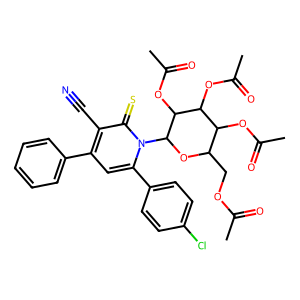
SMILES: CC(=O)OCC1OC(n2c(-c3ccc(Cl)cc3)cc(-c3ccccc3)c(C#N)c2=S)C(OC(C)=O)C(OC(C)=O)C1OC(C)=O
Inhibits HIV replication: No